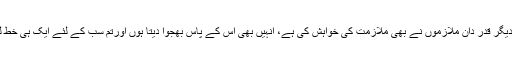
میرے کچھ دیگر قدر دان ملازموں نے بھی ملازمت کی خواہش کی ہے، انہیں بھی اس کے پاس بھجوا دیتا ہوں اورتم سب کے لئے ایک ہی خط لکھ دوںگا“ ۔